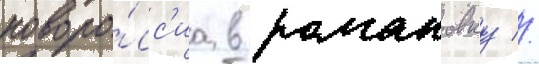
новоро́сс'иа в романовку //